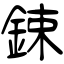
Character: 鋉